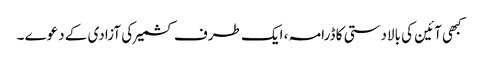
کبھی آئین کی بالادستی کا ڈرامہ ، ایک طرف کشمیر کی آزادی کے دعوے ۔